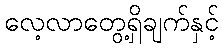
လေ့လာတွေ့ရှိချက်နှင့်